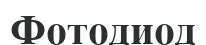
Фотодиод